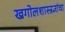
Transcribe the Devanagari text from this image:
खगोलशास्त्रज्ञांचा